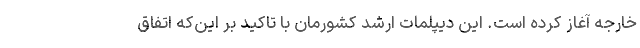
خارجه آغاز کرده است. این دیپلمات ارشد کشورمان با تاکید بر این‌که اتفاق